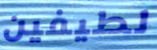
لطيفين